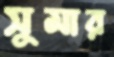
সুমার